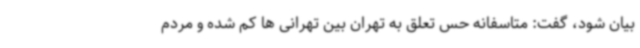
بیان شود، گفت: متاسفانه حس تعلق به تهران بین تهرانی ها کم شده و مردم